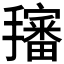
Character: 𱡉